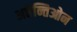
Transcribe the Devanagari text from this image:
अत्तेन्तिओन